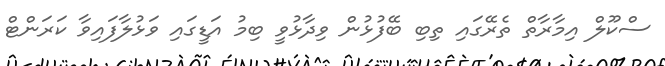
ސްކޫލް އިމާރާތް ތެރޭގައި ތިބި ބޭފުޅުން ވިދާޅުވީ ބިމު އަޑީގައި ވަޅުލާފައިވާ ކަރަންޓް